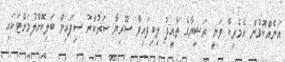
އަނެއްކޮޅުން އެމެރިކާ ވަނީ ރަޝިޔާގެ ތާއީދު ލިބިފައިވާ ސޫރިޔާ ސަރުކާރު ސިފައިން ބަލިކޮށްލުމަށްޓަކައި